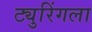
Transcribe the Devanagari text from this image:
ट्युरिंगला